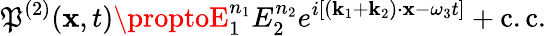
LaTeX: \mathfrak{P}^{(2)}(\mathbf{{x}},t)\proptoE_{1}^{n_{1}}E_{2}^{n_{2}}e^{i[(\mathbf{{k}}_{1}+\mathbf{{k}}_{2})\cdot\mathbf{{x}}-\omega_{3}t]}+{\mathrm{{c.c.}}}